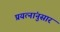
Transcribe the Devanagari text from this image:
प्रयत्नांनुसार